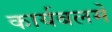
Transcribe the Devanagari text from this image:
कार्यबलमे